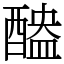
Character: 醠